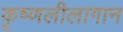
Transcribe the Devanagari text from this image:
कृष्णलीलागान